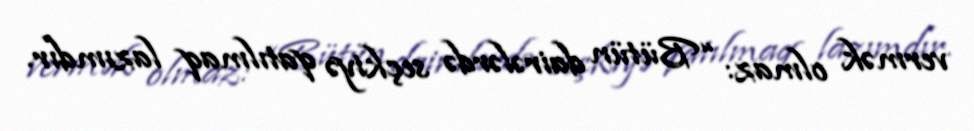
vermək olmaz: “Bütün dairələrdə seçkiyə qatılmaq lazımdır.